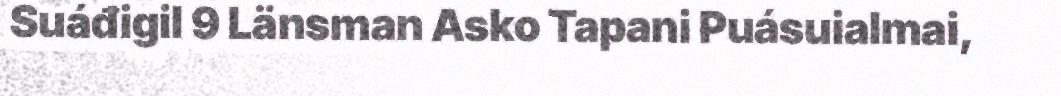
Suáđigil 9 Länsman Asko Tapani Puásuialmai,